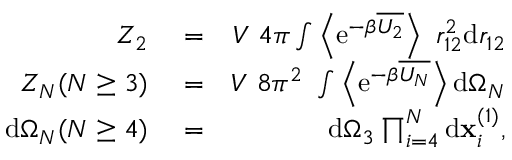
\begin{array} { r l r } { Z _ { 2 } } & { { } = } & { V ~ 4 \pi \int \left\langle \mathrm { e } ^ { - \beta \overline { { U _ { 2 } } } } \right\rangle ~ r _ { 1 2 } ^ { 2 } \mathrm { d } r _ { 1 2 } } \\ { Z _ { N } ( N \geq 3 ) } & { { } = } & { V ~ 8 \pi ^ { 2 } ~ \int \left\langle \mathrm { e } ^ { - \beta \overline { { U _ { N } } } } \right\rangle \mathrm { d } \Omega _ { N } } \\ { \mathrm { d } \Omega _ { N } ( N \geq 4 ) } & { { } = } & { \mathrm { d } \Omega _ { 3 } \prod _ { i = 4 } ^ { N } \mathrm { d } \mathbf { x } _ { i } ^ { ( 1 ) } , } \end{array}